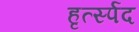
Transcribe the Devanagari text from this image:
हृर्त्स्पद